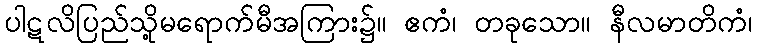
ပါဋလိပြည်သို့မရောက်မီအကြား၌။ ဧကံ၊ တခုသော။ နီလမာတိကံ၊